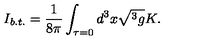
I _ { b . t . } = \frac 1 { 8 \pi } \int _ { \tau = 0 } d ^ { 3 } x \sqrt { ^ 3 g } K .